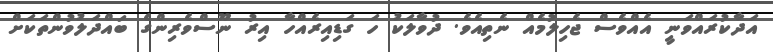
އަދާކުރައްވަނީ އެއްވެސް ޖެހިލުމެއް ނެތިއެވެ. ދުވާލަކު ހަ ގަޑިއިރެއްހާ އިރު ނޫސްވެރިންގެ ބައްދަލުވުންތަކަށް